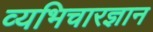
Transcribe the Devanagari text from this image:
व्यभिचारज्ञान